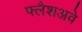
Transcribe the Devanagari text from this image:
फ्लैशअवे